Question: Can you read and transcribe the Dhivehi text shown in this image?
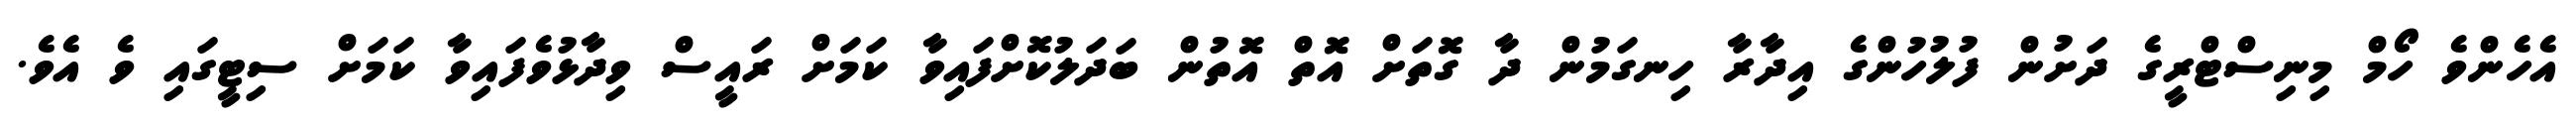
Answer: އެހެންވެ ހޯމް މިނިސްޓްރީގެ ދަށުން ފުލުހުންގެ އިދާރާ ހިނގަމުން ދާ ގޮތަށް އޮތް އޮތުން ބަދަލުކޮށްފައިވާ ކަމަށް ރައީސް ވިދާޅުވެފައިވާ ކަމަށް ސިޓީގައި ވެ އެވެ.